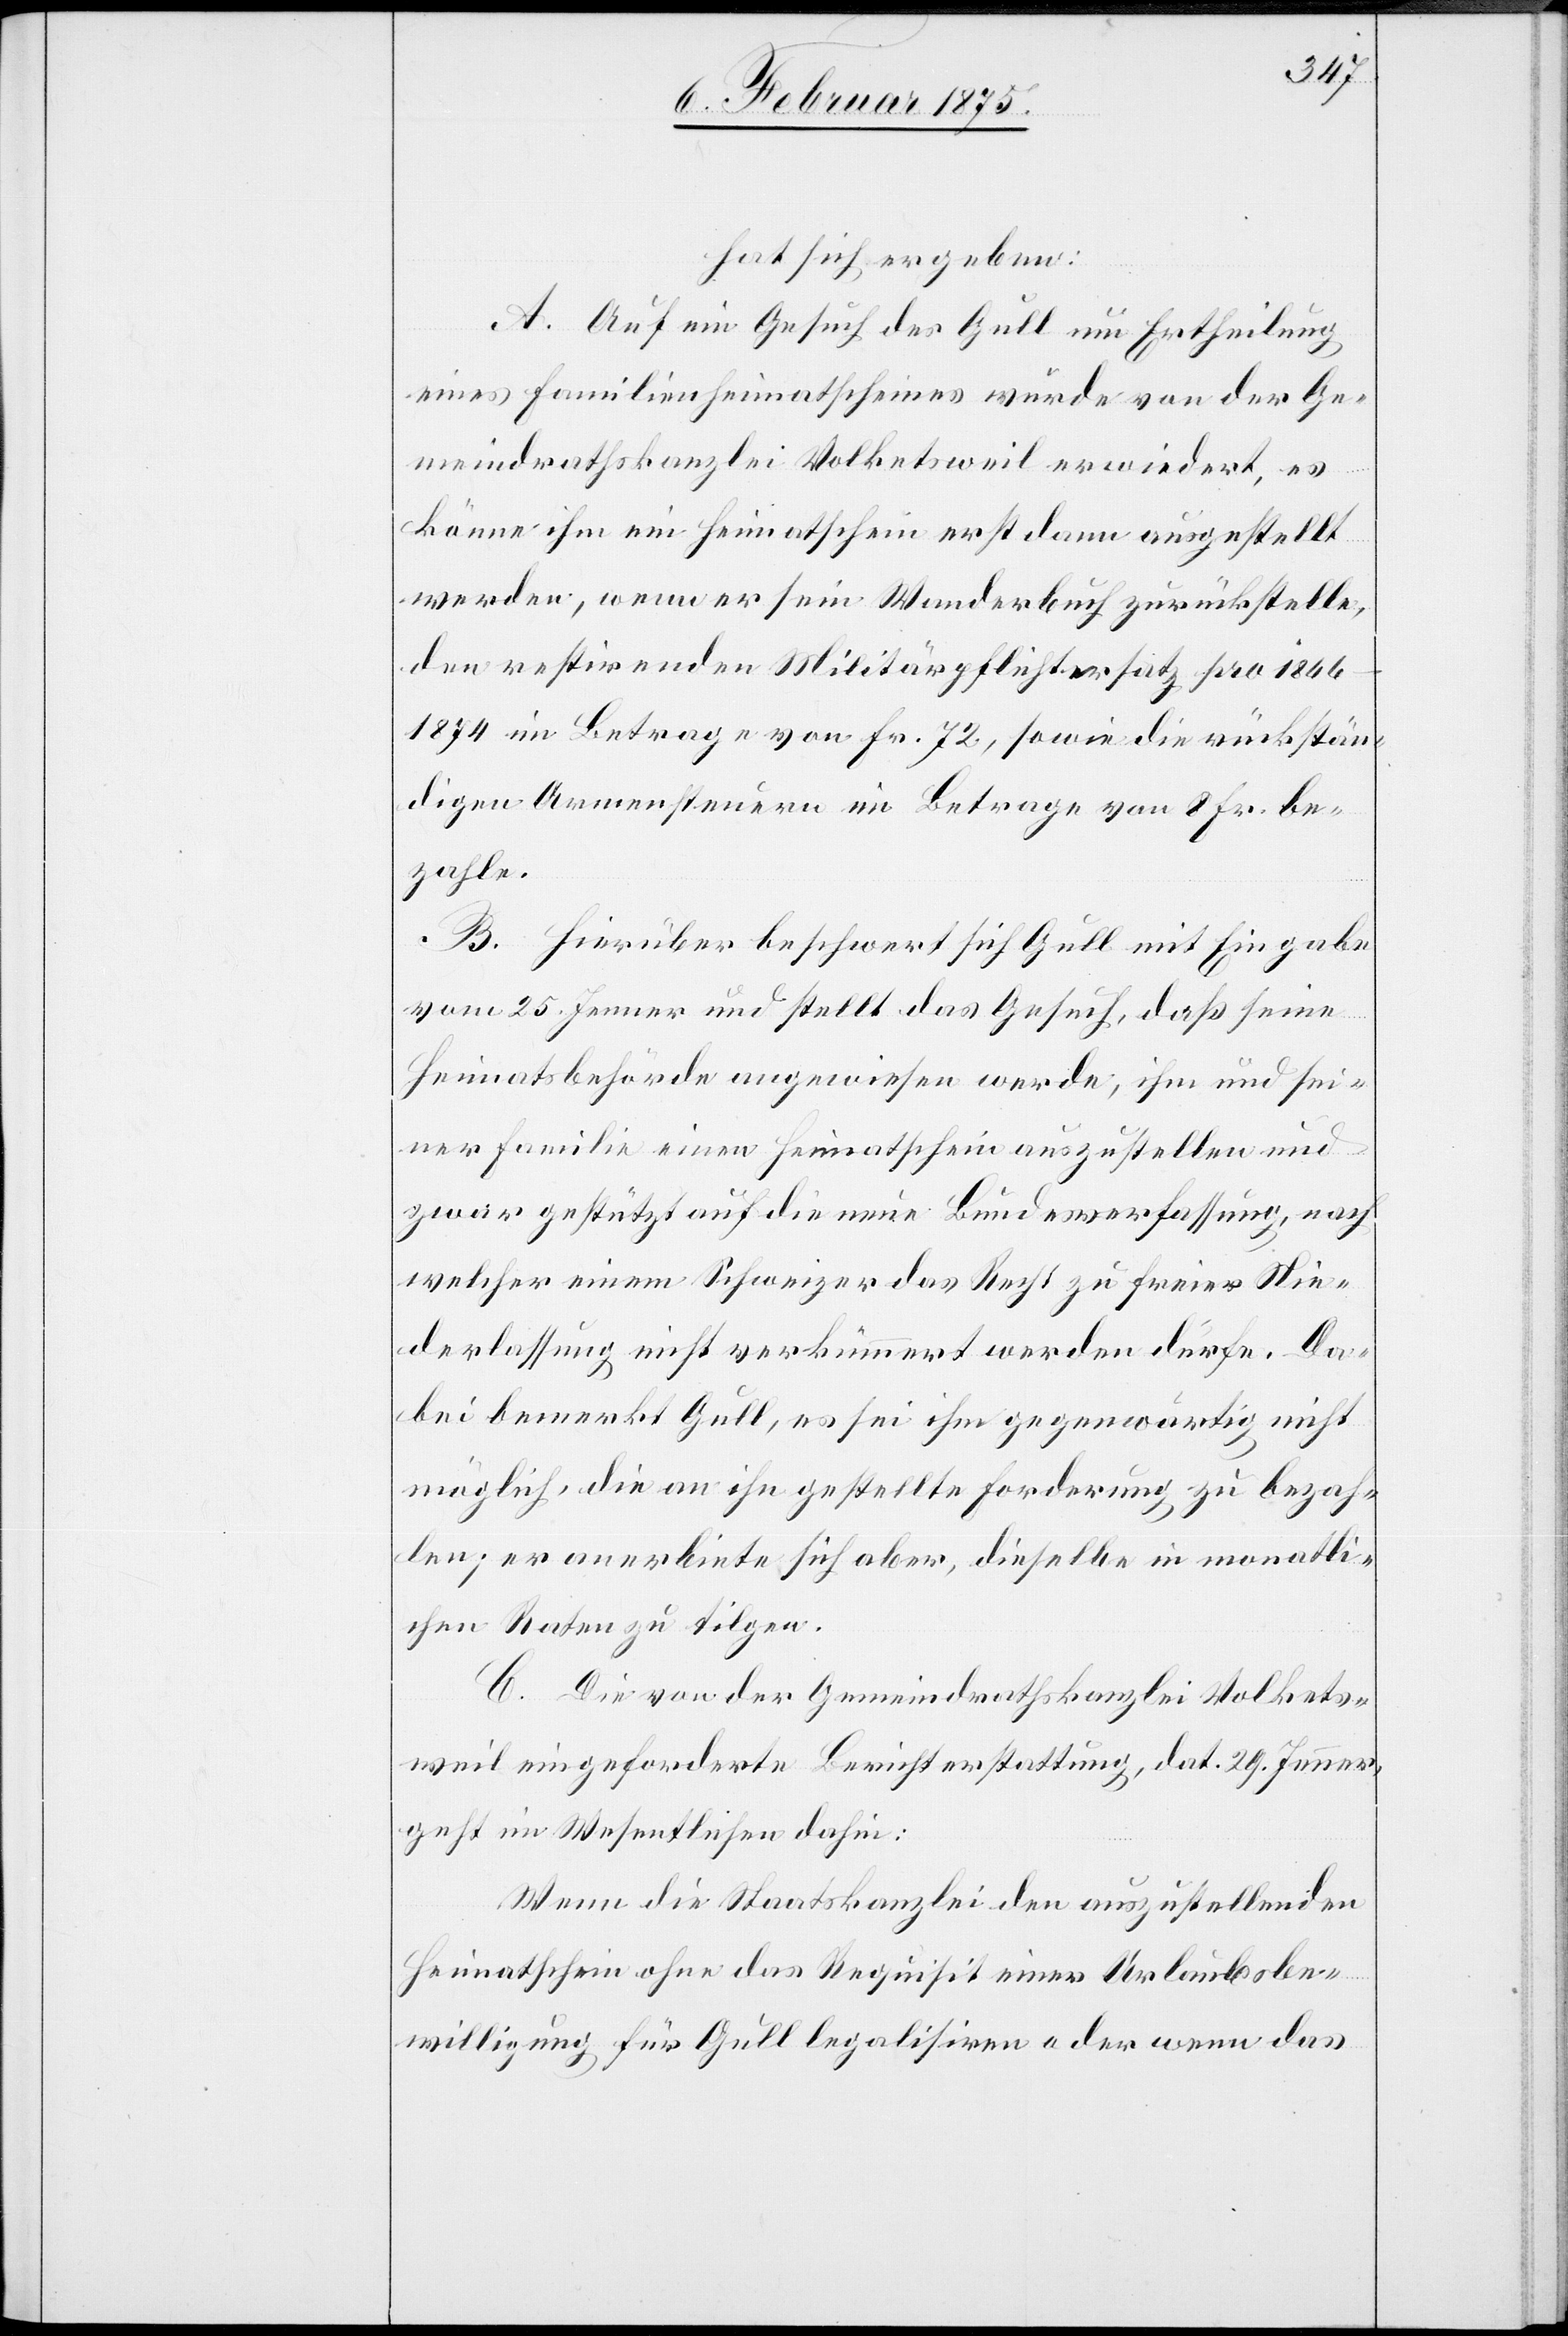
hat sich ergeben:
A. Auf ein Gesuch des Gull um Ertheilung
eines Familienheimatscheines wurde von der Ge¬
meindrathskanzlei Volketsweil erwiedert, es
könne ihm ein Heimatschein erst dann ausgestellt
werden, wenn er sein Wanderbuch zurückstelle,
den restirenden Militärpflichtersatz pro 1866–1874
im Betrage von Fr. 72, sowie die rückstän¬
digen Armensteuern im Betrage von 8 Fr. be¬
zahle.
B. Hierüber beschwert sich Gull mit Eingabe
vom 25. Jenner und stellt das Gesuch, daß seine
Heimatsbehörde angewiesen werde, ihm und sei¬
ner Familie einen Heimatschein auszustellen und
zwar gestützt auf die neue Bundesverfassung, nach
welcher einem Schweizer das Recht zu freier Nie¬
derlassung nicht verkümmert werden dürfe. Da¬
bei bemerkt Gull, es sei ihm gegenwärtig nicht
möglich, die an ihn gestellte Forderung zu bezah¬
len; er anerbiete sich aber, dieselbe in monatli¬
chen Raten zu tilgen.
C. Die von der Gemeindrathskanzlei Volkets¬
weil eingeforderte Berichterstattung, dat. 29. Jenner,
geht im Wesentlichen dahin:
Wenn die Staatskanzlei den auszustellenden
Heimatschein ohne das Requisit einer Urlaubsbe¬
willigung für Gull legalisiren oder wenn das